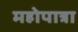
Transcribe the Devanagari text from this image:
महोपात्रा